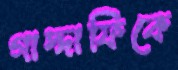
গাদ্দাফিকে